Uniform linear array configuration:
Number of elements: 16
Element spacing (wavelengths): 0.75
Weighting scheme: hamming
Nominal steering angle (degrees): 60
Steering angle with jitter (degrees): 58.61
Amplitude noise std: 0.05
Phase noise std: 0.05

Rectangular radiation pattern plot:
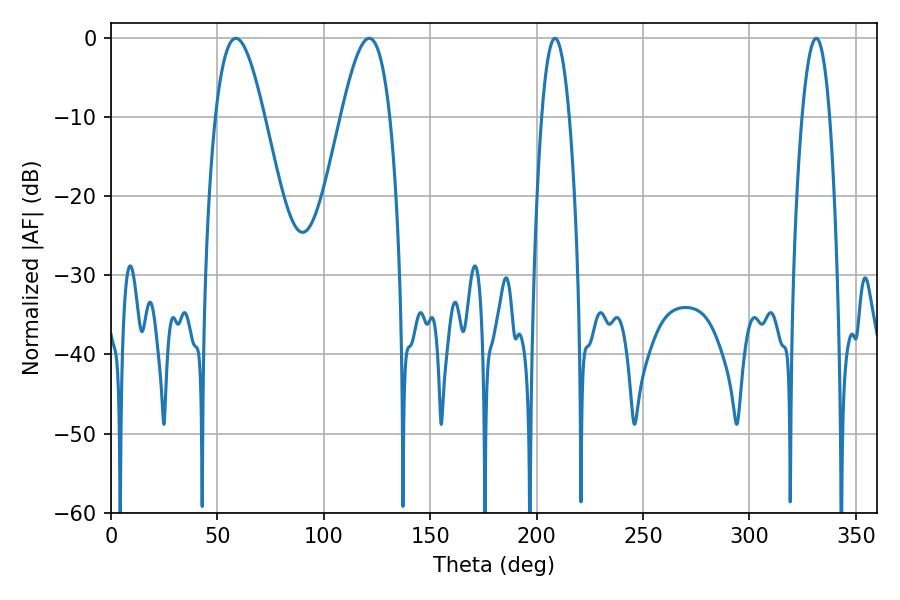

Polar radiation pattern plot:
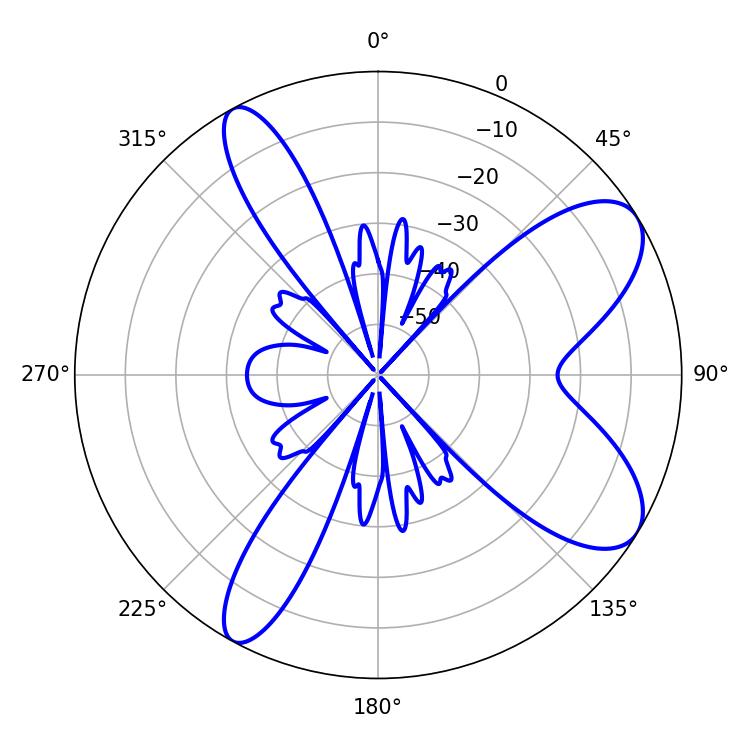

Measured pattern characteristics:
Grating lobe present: TRUE
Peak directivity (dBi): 8.547
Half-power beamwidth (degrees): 12.42
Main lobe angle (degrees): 58.68